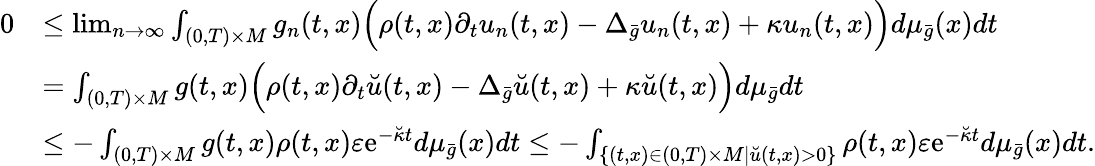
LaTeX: \begin{array}{rl}{0}&{\le\operatorname*{lim}_{n\to\infty}\int_{(0,T)\times M}g_{n}(t,x)\Bigl(\rho(t,x)\partial_{t}u_{n}(t,x)-\Delta_{\bar{g}}u_{n}(t,x)+\kappa u_{n}(t,x)\Bigr)d\mu_{\bar{g}}(x)dt}\\ &{=\int_{(0,T)\times M}g(t,x)\Bigl(\rho(t,x)\partial_{t}\breve{u}(t,x)-\Delta_{\bar{g}}\breve{u}(t,x)+\kappa\breve{u}(t,x)\Bigr)d\mu_{\bar{g}}dt}\\ &{\le-\int_{(0,T)\times M}g(t,x)\rho(t,x)\varepsilon\mathrm{e}^{-\breve{\kappa}t}d\mu_{\bar{g}}(x)dt\le-\int_{\{ (t,x)\in(0,T)\times M\mid\breve{u}(t,x)>0\} }\rho(t,x)\varepsilon\mathrm{e}^{-\breve{\kappa}t}d\mu_{\bar{g}}(x)dt.}\end{array}